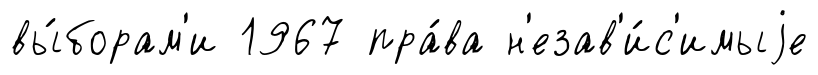
вы́борам'и 1967 пра́ва н'езав'и́с'имыjе